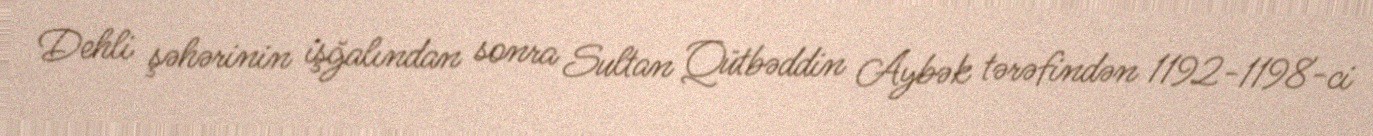
Dehli şəhərinin işğalından sonra Sultan Qütbəddin Aybək tərəfindən 1192-1198-ci